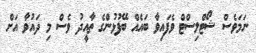
ނަމަވެސް ޝޯޓްލިސްޓް ވެފައިވާ ބައެއް ބޭފުޅުންގެ ތާއީދު ވެސް މި ދައުވާ އަށް